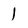
Character: 1